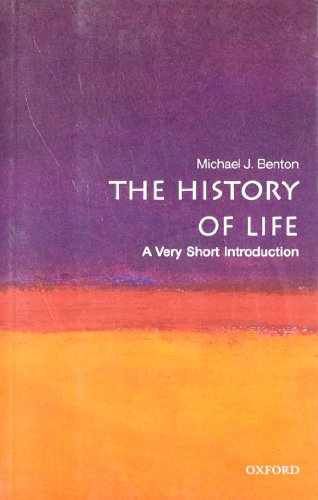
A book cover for The History of Life: A Very Short Introduction; Michael J. Benton; Science & Math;